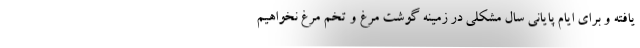
یافته و برای ایام پایانی سال مشکلی در زمینه گوشت مرغ و تخم مرغ نخواهیم